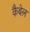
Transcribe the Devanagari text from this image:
कैबेल